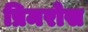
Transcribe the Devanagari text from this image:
प्रिमरोस